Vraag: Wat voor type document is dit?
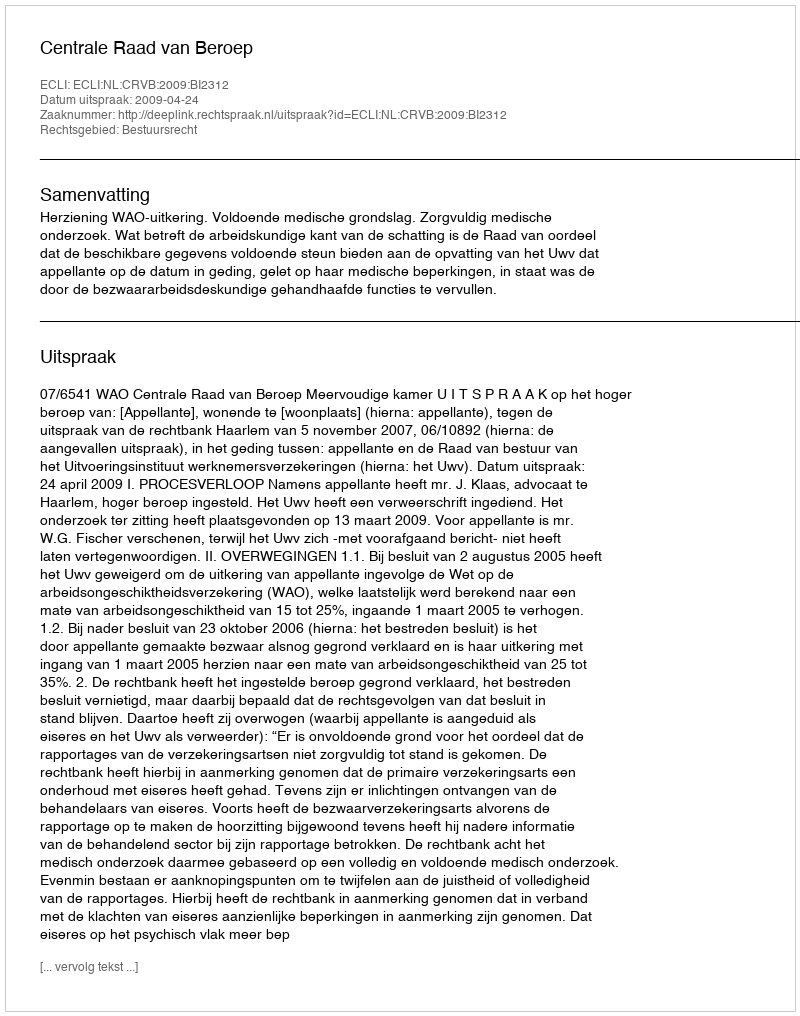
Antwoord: Uitspraak